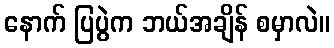
နောက် ပြပွဲက ဘယ်အချိန် စမှာလဲ။